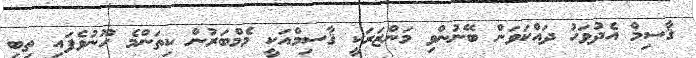
ޤާސިމް އެދުވަހު ދައްކަވަން ބޭނުންވި މަންޒަރަކީ ޤާސިމްއަކީ މެމްބަރުން ކިތަންމެ ހޫނުވެފައި ތިބި